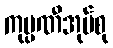
ကုမ္ပဏီအုပ်စု